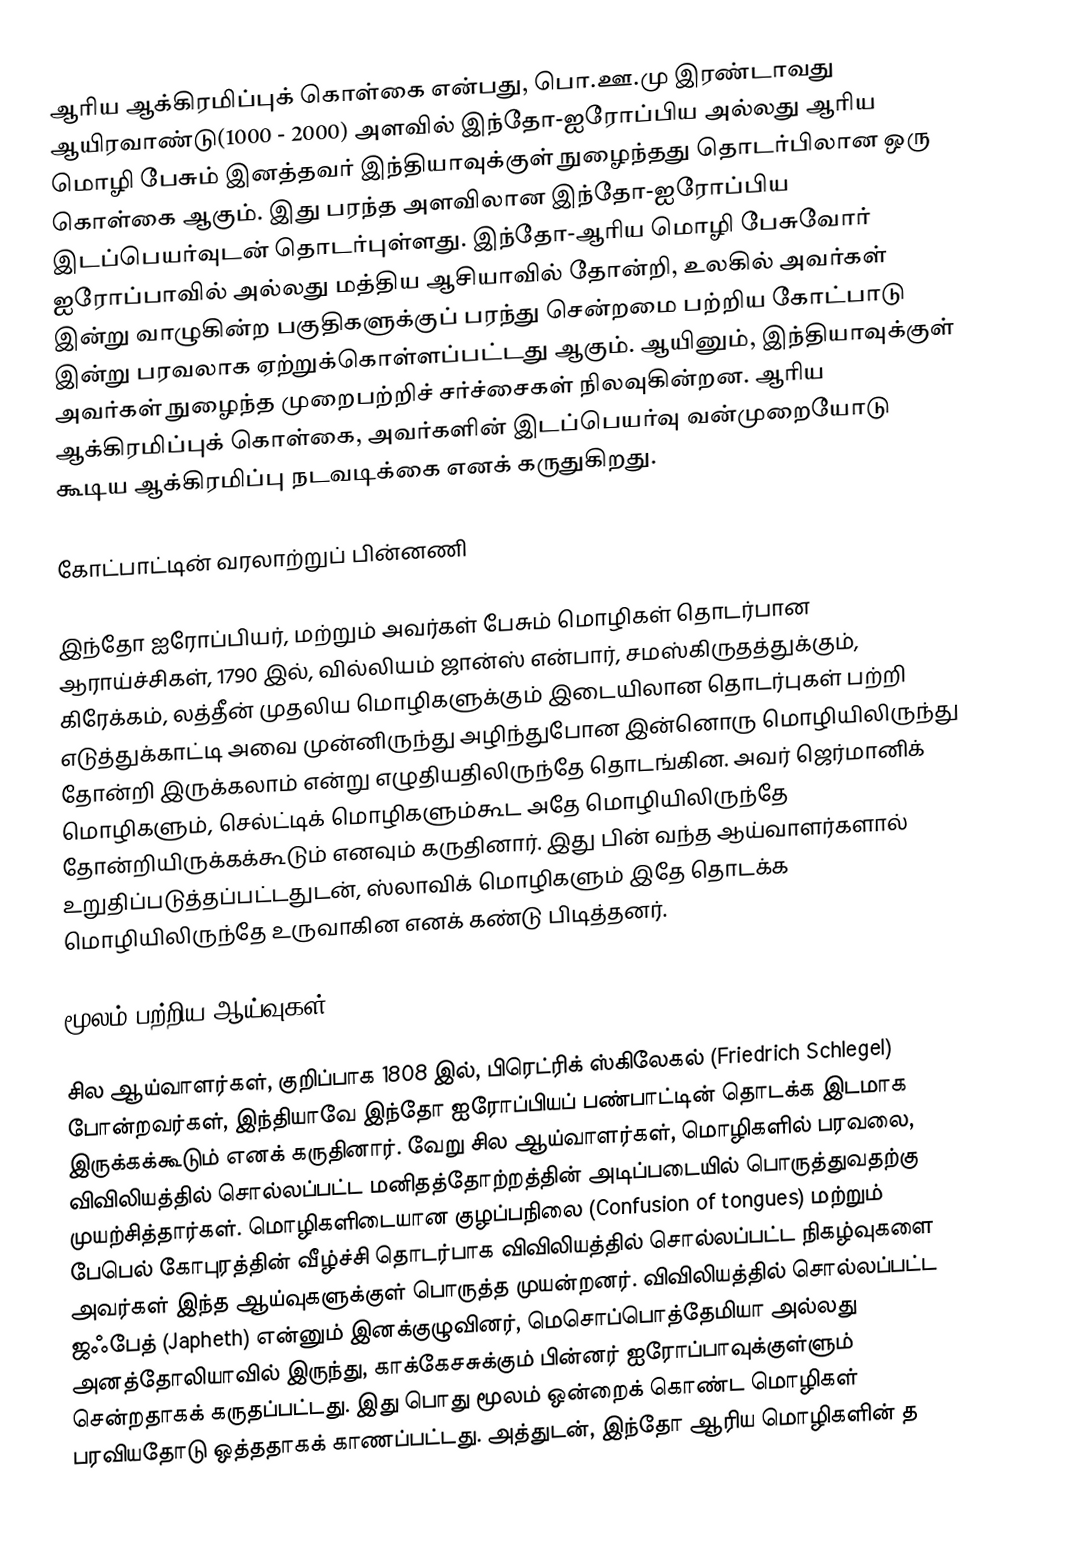
ஆரிய ஆக்கிரமிப்புக் கொள்கை என்பது, பொ.ஊ.மு இரண்டாவது ஆயிரவாண்டு(1000 - 2000) அளவில் இந்தோ-ஐரோப்பிய அல்லது ஆரிய மொழி பேசும் இனத்தவர் இந்தியாவுக்குள் நுழைந்தது தொடர்பிலான ஒரு கொள்கை ஆகும். இது பரந்த அளவிலான இந்தோ-ஐரோப்பிய இடப்பெயர்வுடன் தொடர்புள்ளது. இந்தோ-ஆரிய மொழி பேசுவோர் ஐரோப்பாவில் அல்லது மத்திய ஆசியாவில் தோன்றி, உலகில் அவர்கள் இன்று வாழுகின்ற பகுதிகளுக்குப் பரந்து சென்றமை பற்றிய கோட்பாடு இன்று பரவலாக ஏற்றுக்கொள்ளப்பட்டது ஆகும். ஆயினும், இந்தியாவுக்குள் அவர்கள் நுழைந்த முறைபற்றிச் சர்ச்சைகள் நிலவுகின்றன. ஆரிய ஆக்கிரமிப்புக் கொள்கை, அவர்களின் இடப்பெயர்வு வன்முறையோடு கூடிய ஆக்கிரமிப்பு நடவடிக்கை எனக் கருதுகிறது.

கோட்பாட்டின் வரலாற்றுப் பின்னணி

இந்தோ ஐரோப்பியர், மற்றும் அவர்கள் பேசும் மொழிகள் தொடர்பான ஆராய்ச்சிகள், 1790 இல், வில்லியம் ஜான்ஸ் என்பார், சமஸ்கிருதத்துக்கும், கிரேக்கம், லத்தீன் முதலிய மொழிகளுக்கும் இடையிலான தொடர்புகள் பற்றி எடுத்துக்காட்டி அவை முன்னிருந்து அழிந்துபோன இன்னொரு மொழியிலிருந்து தோன்றி இருக்கலாம் என்று எழுதியதிலிருந்தே தொடங்கின. அவர் ஜெர்மானிக் மொழிகளும், செல்ட்டிக் மொழிகளும்கூட அதே மொழியிலிருந்தே தோன்றியிருக்கக்கூடும் எனவும் கருதினார். இது பின் வந்த ஆய்வாளர்களால் உறுதிப்படுத்தப்பட்டதுடன், ஸ்லாவிக் மொழிகளும் இதே தொடக்க மொழியிலிருந்தே உருவாகின எனக் கண்டு பிடித்தனர்.

மூலம் பற்றிய ஆய்வுகள்

சில ஆய்வாளர்கள், குறிப்பாக 1808 இல், பிரெட்ரிக் ஸ்கிலேகல் (Friedrich Schlegel) போன்றவர்கள், இந்தியாவே இந்தோ ஐரோப்பியப் பண்பாட்டின் தொடக்க இடமாக இருக்கக்கூடும் எனக் கருதினார். வேறு சில ஆய்வாளர்கள், மொழிகளில் பரவலை, விவிலியத்தில் சொல்லப்பட்ட மனிதத்தோற்றத்தின் அடிப்படையில் பொருத்துவதற்கு முயற்சித்தார்கள். மொழிகளிடையான குழப்பநிலை (Confusion of tongues) மற்றும் பேபெல் கோபுரத்தின் வீழ்ச்சி தொடர்பாக விவிலியத்தில் சொல்லப்பட்ட நிகழ்வுகளை அவர்கள் இந்த ஆய்வுகளுக்குள் பொருத்த முயன்றனர். விவிலியத்தில் சொல்லப்பட்ட ஜஃபேத் (Japheth) என்னும் இனக்குழுவினர், மெசொப்பொத்தேமியா அல்லது அனத்தோலியாவில் இருந்து, காக்கேசசுக்கும் பின்னர் ஐரோப்பாவுக்குள்ளும் சென்றதாகக் கருதப்பட்டது. இது பொது மூலம் ஒன்றைக் கொண்ட மொழிகள் பரவியதோடு ஒத்ததாகக் காணப்பட்டது. அத்துடன், இந்தோ ஆரிய மொழிகளின் த